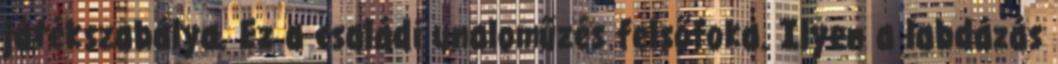
játékszabálya. Ez a családi unaloműzés felsőfoka. Ilyen a labdázás